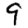
Digit: 9